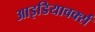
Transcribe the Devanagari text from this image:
आइडियावर्क्स